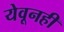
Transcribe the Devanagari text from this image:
येवूनही